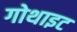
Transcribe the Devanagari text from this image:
गोथाइट